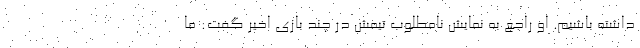
داشته باشیم. او راجع به نمایش نامطلوب تیمش در چند بازی اخیر گفت: ما